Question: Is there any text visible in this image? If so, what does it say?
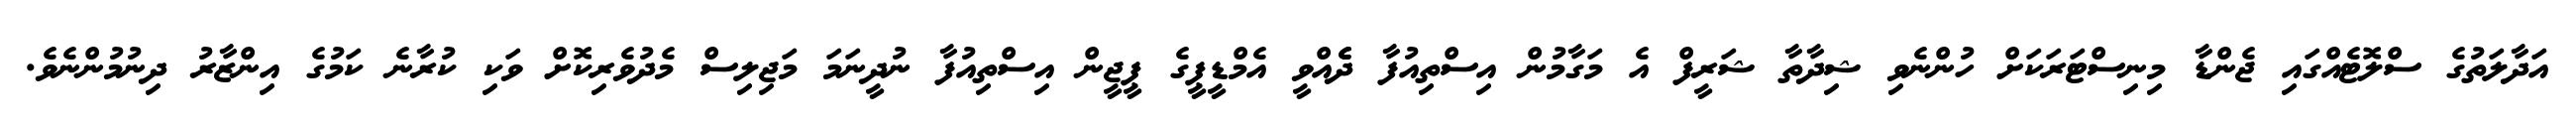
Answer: އަދާލަތުގެ ސްލޮޓެއްގައި ޖެންޑާ މިނިސްޓަރަކަށް ހުންނެވި ޝިދާތާ ޝަރީފް އެ މަގާމުން އިސްތިއުފާ ދެެއްވީ އެމްޑީޕީގެ ޕީޖީން އިސްތިއުފާ ނުދީނަމަ މަޖިލިސް މެދުވެރިކޮށް ވަކި ކުރާނެ ކަމުގެ އިންޒާރު ދިނުމުންނެވެ.